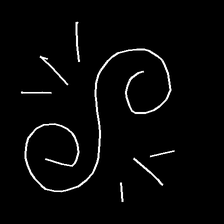
Glyph: wind-directs-air